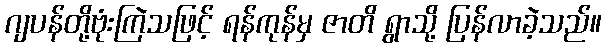
ဂျပန်တို့ဗုံးကြဲသဖြင့် ရန်ကုန်မှ ဇာတိ ရွာသို့ ပြန်လာခဲ့သည်။